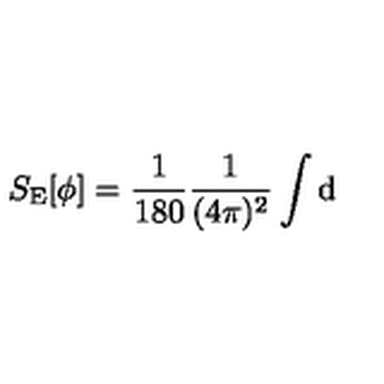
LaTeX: S _ { \mathrm { E } } [ \phi ] = \frac { 1 } { 1 8 0 } \frac { 1 } { ( 4 \pi ) ^ { 2 } } \int \mathrm { d }